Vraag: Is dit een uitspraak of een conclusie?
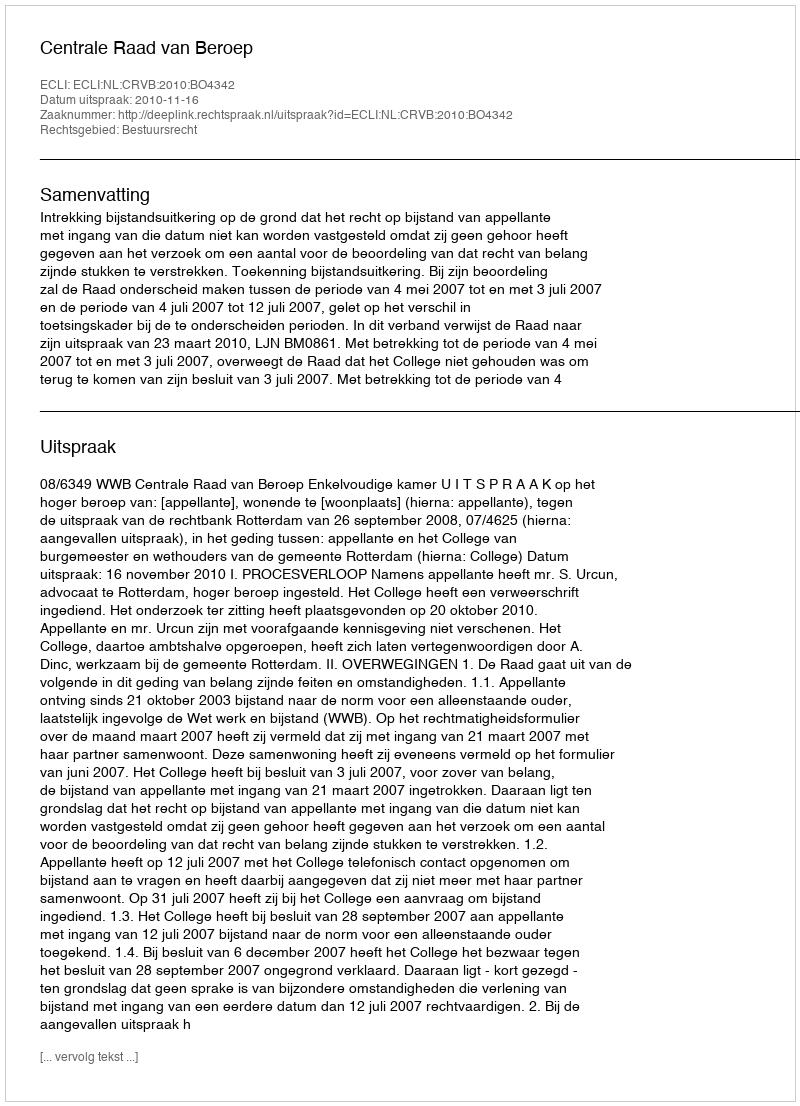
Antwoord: Uitspraak